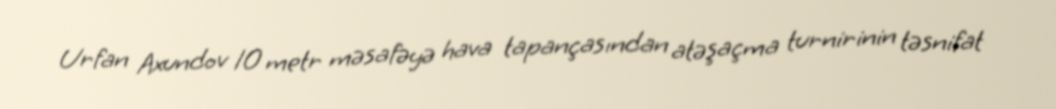
Urfan Axundov 10 metr məsafəyə hava tapançasından atəşaçma turnirinin təsnifat